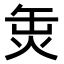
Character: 𤈣